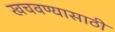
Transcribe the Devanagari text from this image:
खचवण्यासाठी